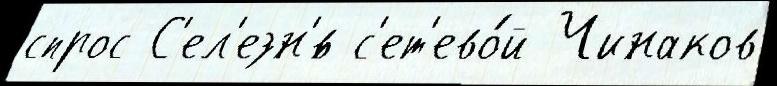
спрос С'ел'езн'́в с'ет'ево́й Чинаков